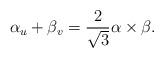
LaTeX: \begin{align*}\alpha_u+\beta_v=\frac{2}{\sqrt 3} \alpha \times \beta.\end{align*}